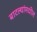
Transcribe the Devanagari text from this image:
बाटल्यांमधील